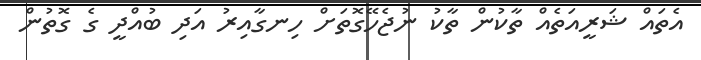
އެތައް ޝަރީއަތެއް ތާކުން ތާކު ނުޖެހޭގޮތަށް ހިނގާއިރު އަދި ބުއްދީ ގެ ގޮތުން